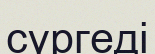
сүргеді